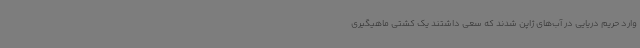
وارد حریم دریایی در آب‌های ژاپن شدند که سعی داشتند یک کشتی ماهیگیری